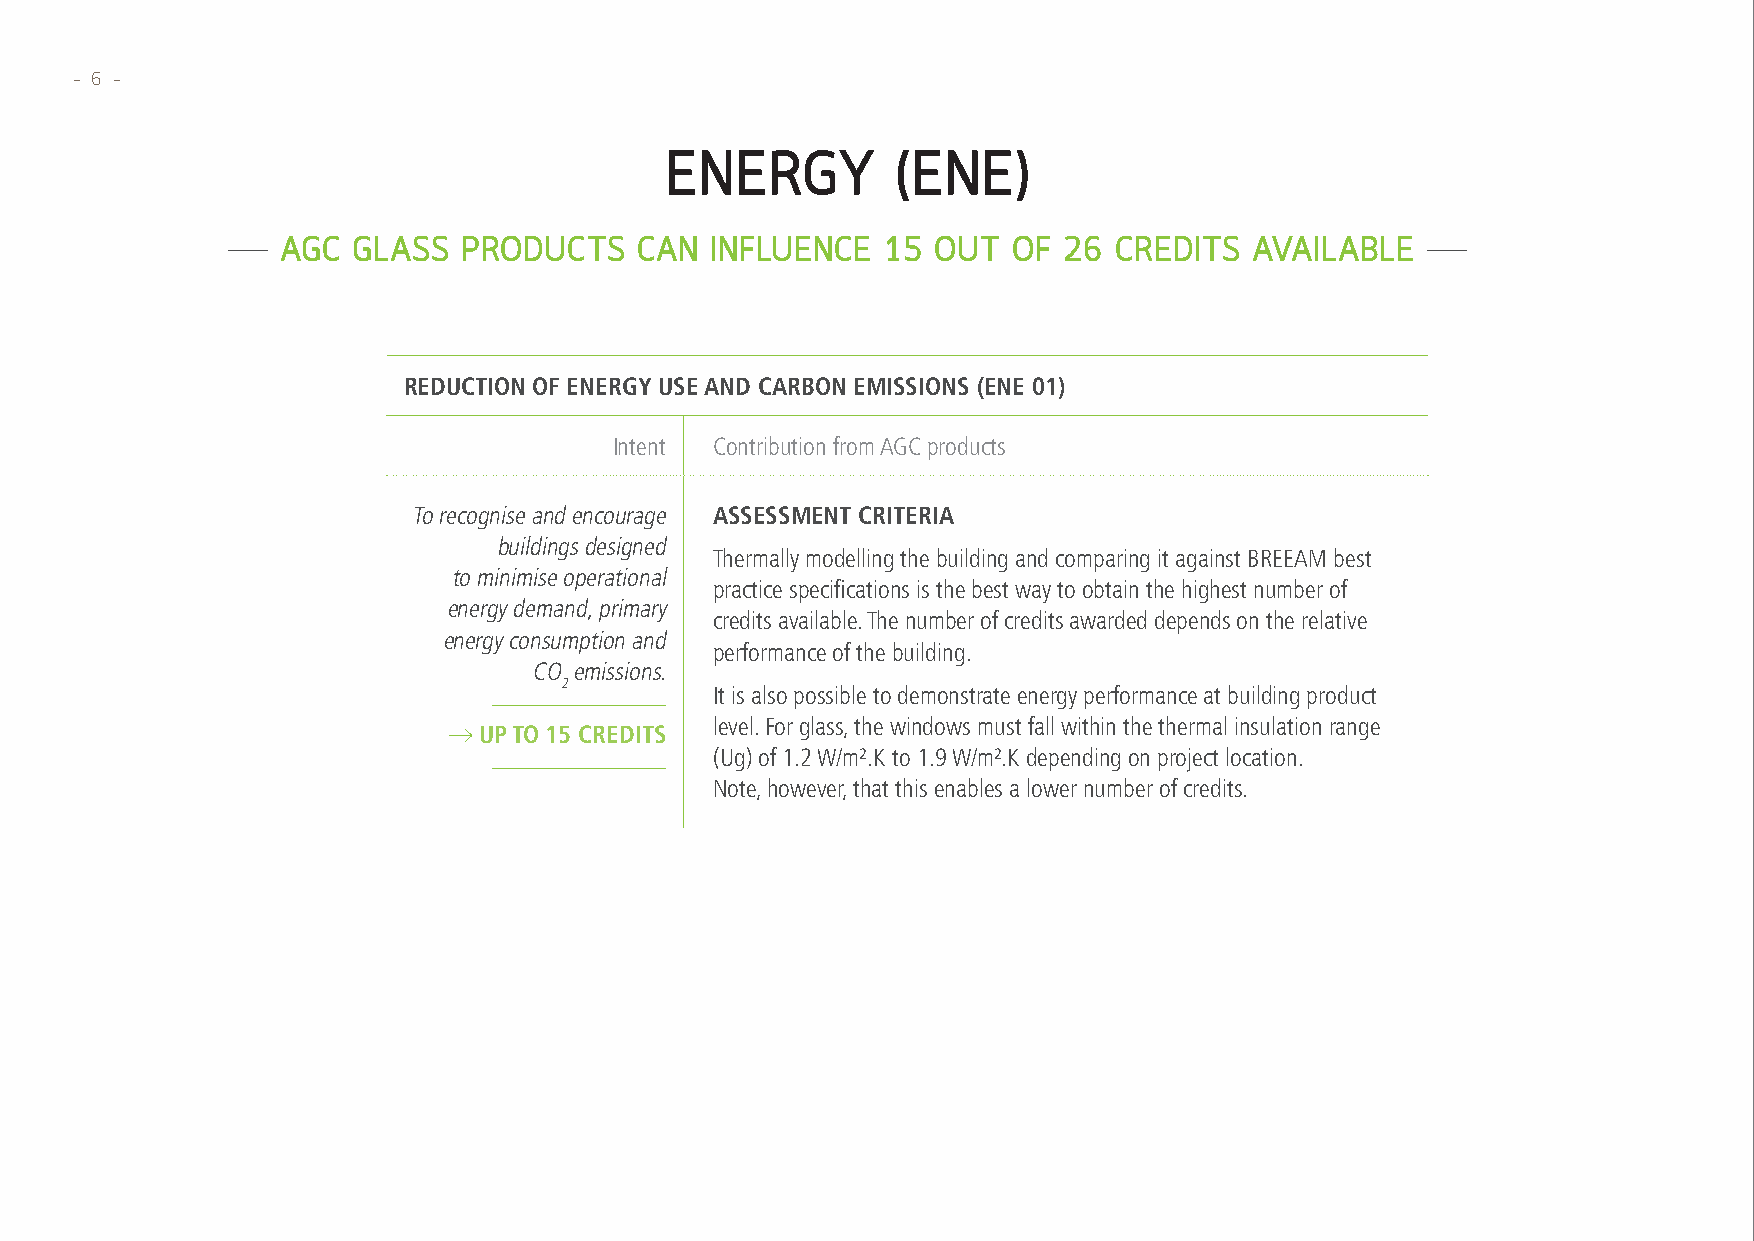
– 6 –
 ENERGY         (ENE)
 AGC GLASS   PRODUCTS   CAN  INFLUENCE  15  OUT  OF 26  CREDITS  AVAILABLE
 REDUCTION OF ENERGY USE AND CARBON EMISSIONS (ENE 01)
 Intent Contribution from AGC products
 To recognise and encourage ASSESSMENT CRITERIA
 buildings designed
 Thermally modelling the building and comparing it against BREEAM best
 to minimise operational
 practice specifications is the best way to obtain the highest number of
 energy demand, primary
 credits available. The number of credits awarded depends on the relative
 energy consumption and
 performance of the building.
 CO emissions.
 2
 It is also possible to demonstrate energy performance at building product
 level. For glass, the windows must fall within the thermal insulation range
 UP TO 15 CREDITS
 (Ug) of 1.2 W/m².K to 1.9 W/m².K depending on project location.
 Note, however, that this enables a lower number of credits.